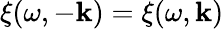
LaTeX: \xi(\omega,-\boldsymbol{\mathbf{k}})=\xi(\omega,\boldsymbol{\mathbf{k}})